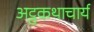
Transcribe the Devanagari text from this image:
अट्ठकथाचार्य